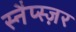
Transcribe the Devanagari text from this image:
स्नैप्स्ज़र